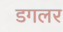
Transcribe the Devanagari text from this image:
डगलर